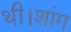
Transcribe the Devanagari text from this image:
थी।शांग